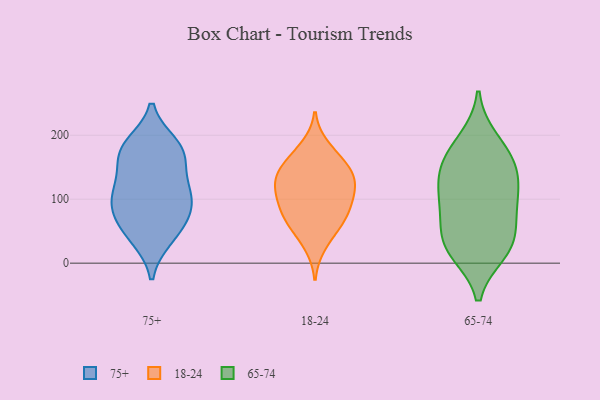
{"axis": {"x": "Revenue (USD Million)", "y": "Value"}, "legend": ["18-24", "65-74", "75+"], "data": [{"x": "", "y": 175, "type": "75+"}, {"x": "", "y": 39, "type": "75+"}, {"x": "", "y": 116, "type": "75+"}, {"x": "", "y": 115, "type": "75+"}, {"x": "", "y": 41, "type": "75+"}, {"x": "", "y": 109, "type": "75+"}, {"x": "", "y": 185, "type": "75+"}, {"x": "", "y": 74, "type": "75+"}, {"x": "", "y": 102, "type": "75+"}, {"x": "", "y": 154, "type": "75+"}, {"x": "", "y": 172, "type": "75+"}, {"x": "", "y": 70, "type": "75+"}, {"x": "", "y": 78, "type": "75+"}, {"x": "", "y": 181, "type": "75+"}, {"x": "", "y": 123, "type": "18-24"}, {"x": "", "y": 73, "type": "18-24"}, {"x": "", "y": 27, "type": "18-24"}, {"x": "", "y": 104, "type": "18-24"}, {"x": "", "y": 53, "type": "18-24"}, {"x": "", "y": 153, "type": "18-24"}, {"x": "", "y": 136, "type": "18-24"}, {"x": "", "y": 183, "type": "18-24"}, {"x": "", "y": 101, "type": "18-24"}, {"x": "", "y": 120, "type": "18-24"}, {"x": "", "y": 137, "type": "18-24"}, {"x": "", "y": 145, "type": "18-24"}, {"x": "", "y": 167, "type": "18-24"}, {"x": "", "y": 67, "type": "18-24"}, {"x": "", "y": 96, "type": "18-24"}, {"x": "", "y": 72, "type": "18-24"}, {"x": "", "y": 145, "type": "65-74"}, {"x": "", "y": 95, "type": "65-74"}, {"x": "", "y": 33, "type": "65-74"}, {"x": "", "y": 191, "type": "65-74"}, {"x": "", "y": 19, "type": "65-74"}, {"x": "", "y": 97, "type": "65-74"}, {"x": "", "y": 128, "type": "65-74"}, {"x": "", "y": 27, "type": "65-74"}, {"x": "", "y": 153, "type": "65-74"}, {"x": "", "y": 84, "type": "65-74"}, {"x": "", "y": 169, "type": "65-74"}, {"x": "", "y": 35, "type": "65-74"}]}